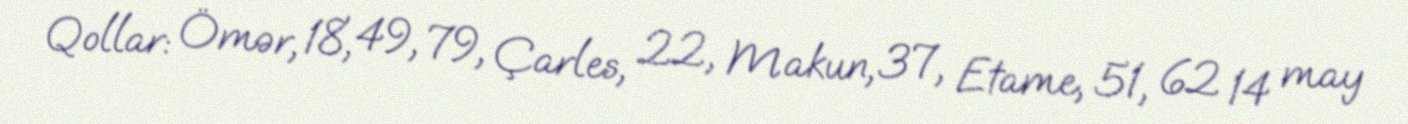
Qollar: Ömər, 18, 49, 79, Çarles, 22, Makun, 37, Etame, 51, 62 14 may